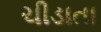
ચીડાતા